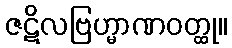
ဇဋိလဗြဟ္မာဏဝတ္ထု။